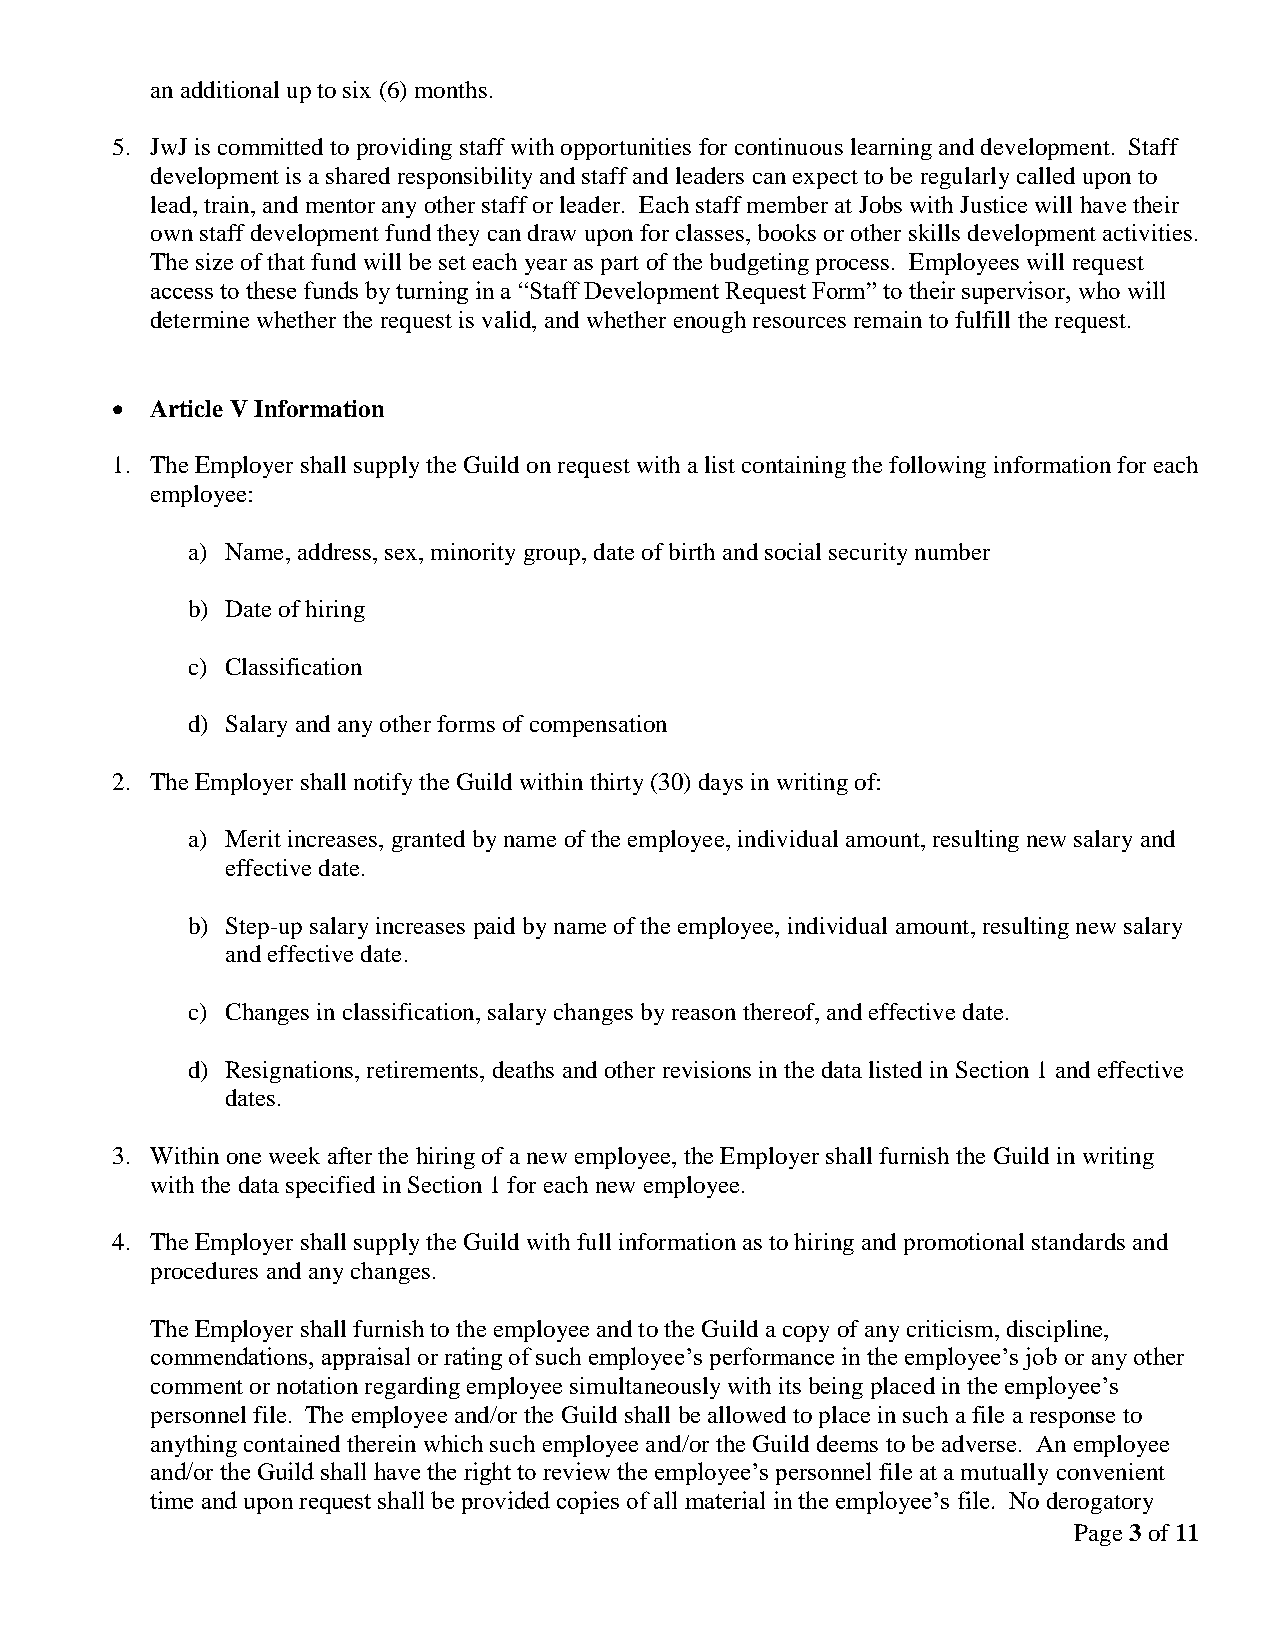
an additional up to six (6) months.
 5. JwJ is committed to providing staff with opportunities for continuous learning and development. Staff
 development is a shared responsibility and staff and leaders can expect to be regularly called upon to
 lead, train, and mentor any other staff or leader. Each staff member at Jobs with Justice will have their
 own staff development fund they can draw upon for classes, books or other skills development activities.
 The size of that fund will be set each year as part of the budgeting process. Employees will request
 access to these funds by turning in a “Staff Development Request Form” to their supervisor, who will
 determine whether the request is valid, and whether enough resources remain to fulfill the request.
   Article V Information
 1. The Employer shall supply the Guild on request with a list containing the following information for each
 employee:
 a) Name, address, sex, minority group, date of birth and social security number
 b) Date of hiring
 c) Classification
 d) Salary and any other forms of compensation
 2. The Employer shall notify the Guild within thirty (30) days in writing of:
 a) Merit increases, granted by name of the employee, individual amount, resulting new salary and
 effective date.
 b) Step-up salary increases paid by name of the employee, individual amount, resulting new salary
 and effective date.
 c) Changes in classification, salary changes by reason thereof, and effective date.
 d) Resignations, retirements, deaths and other revisions in the data listed in Section 1 and effective
 dates.
 3. Within one week after the hiring of a new employee, the Employer shall furnish the Guild in writing
 with the data specified in Section 1 for each new employee.
 4. The Employer shall supply the Guild with full information as to hiring and promotional standards and
 procedures and any changes.
 The Employer shall furnish to the employee and to the Guild a copy of any criticism, discipline,
 commendations, appraisal or rating of such employee’s performance in the employee’s job or any other
 comment or notation regarding employee simultaneously with its being placed in the employee’s
 personnel file. The employee and/or the Guild shall be allowed to place in such a file a response to
 anything contained therein which such employee and/or the Guild deems to be adverse. An employee
 and/or the Guild shall have the right to review the employee’s personnel file at a mutually convenient
 time and upon request shall be provided copies of all material in the employee’s file. No derogatory
 Page 3 of 11